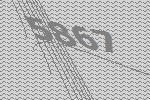
5867